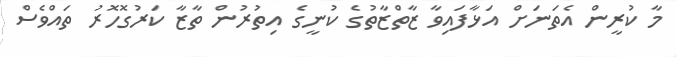
މާ ކުރީން އެތަނަށް އަޅާފައިވާ ޒާތްޒާތުގެ ކުނީގެ އިތުރުން ތާޒާ ކަރުގޮހޮރު ތައްވެސް